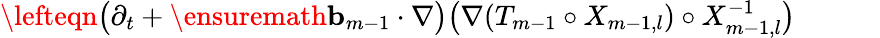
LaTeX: \begin{array}{rl}{\lefteqn{\bigl(\partial_{t}+\ensuremath{\mathbf{b}}_{m-1}\cdot\nabla\bigr)\bigl(\nabla(T_{m-1}\circ X_{m-1,l})\circ X_{m-1,l}^{-1}\bigr)}\qquad}&{{}}\end{array}